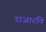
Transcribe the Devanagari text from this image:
राजारवि